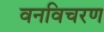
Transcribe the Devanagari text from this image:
वनविचरण